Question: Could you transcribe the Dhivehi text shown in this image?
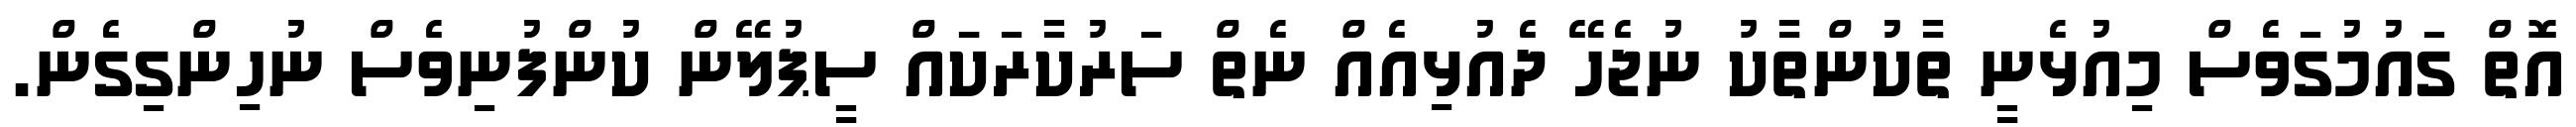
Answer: އޮތް ގައުމުގަވެސް މިއުޅެނީ ތާކުންތާކު ނުޖެހޭ ދެއުޅިއެއް ނެތް ސަރުކާރަކަައް ސީޕުލޭން ކުންފުނިވެސް ނުހިންގިގެން.